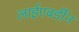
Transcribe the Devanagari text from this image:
लाईएबर्डीन